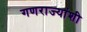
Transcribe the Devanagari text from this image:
गणराज्यांशी